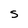
Character: S